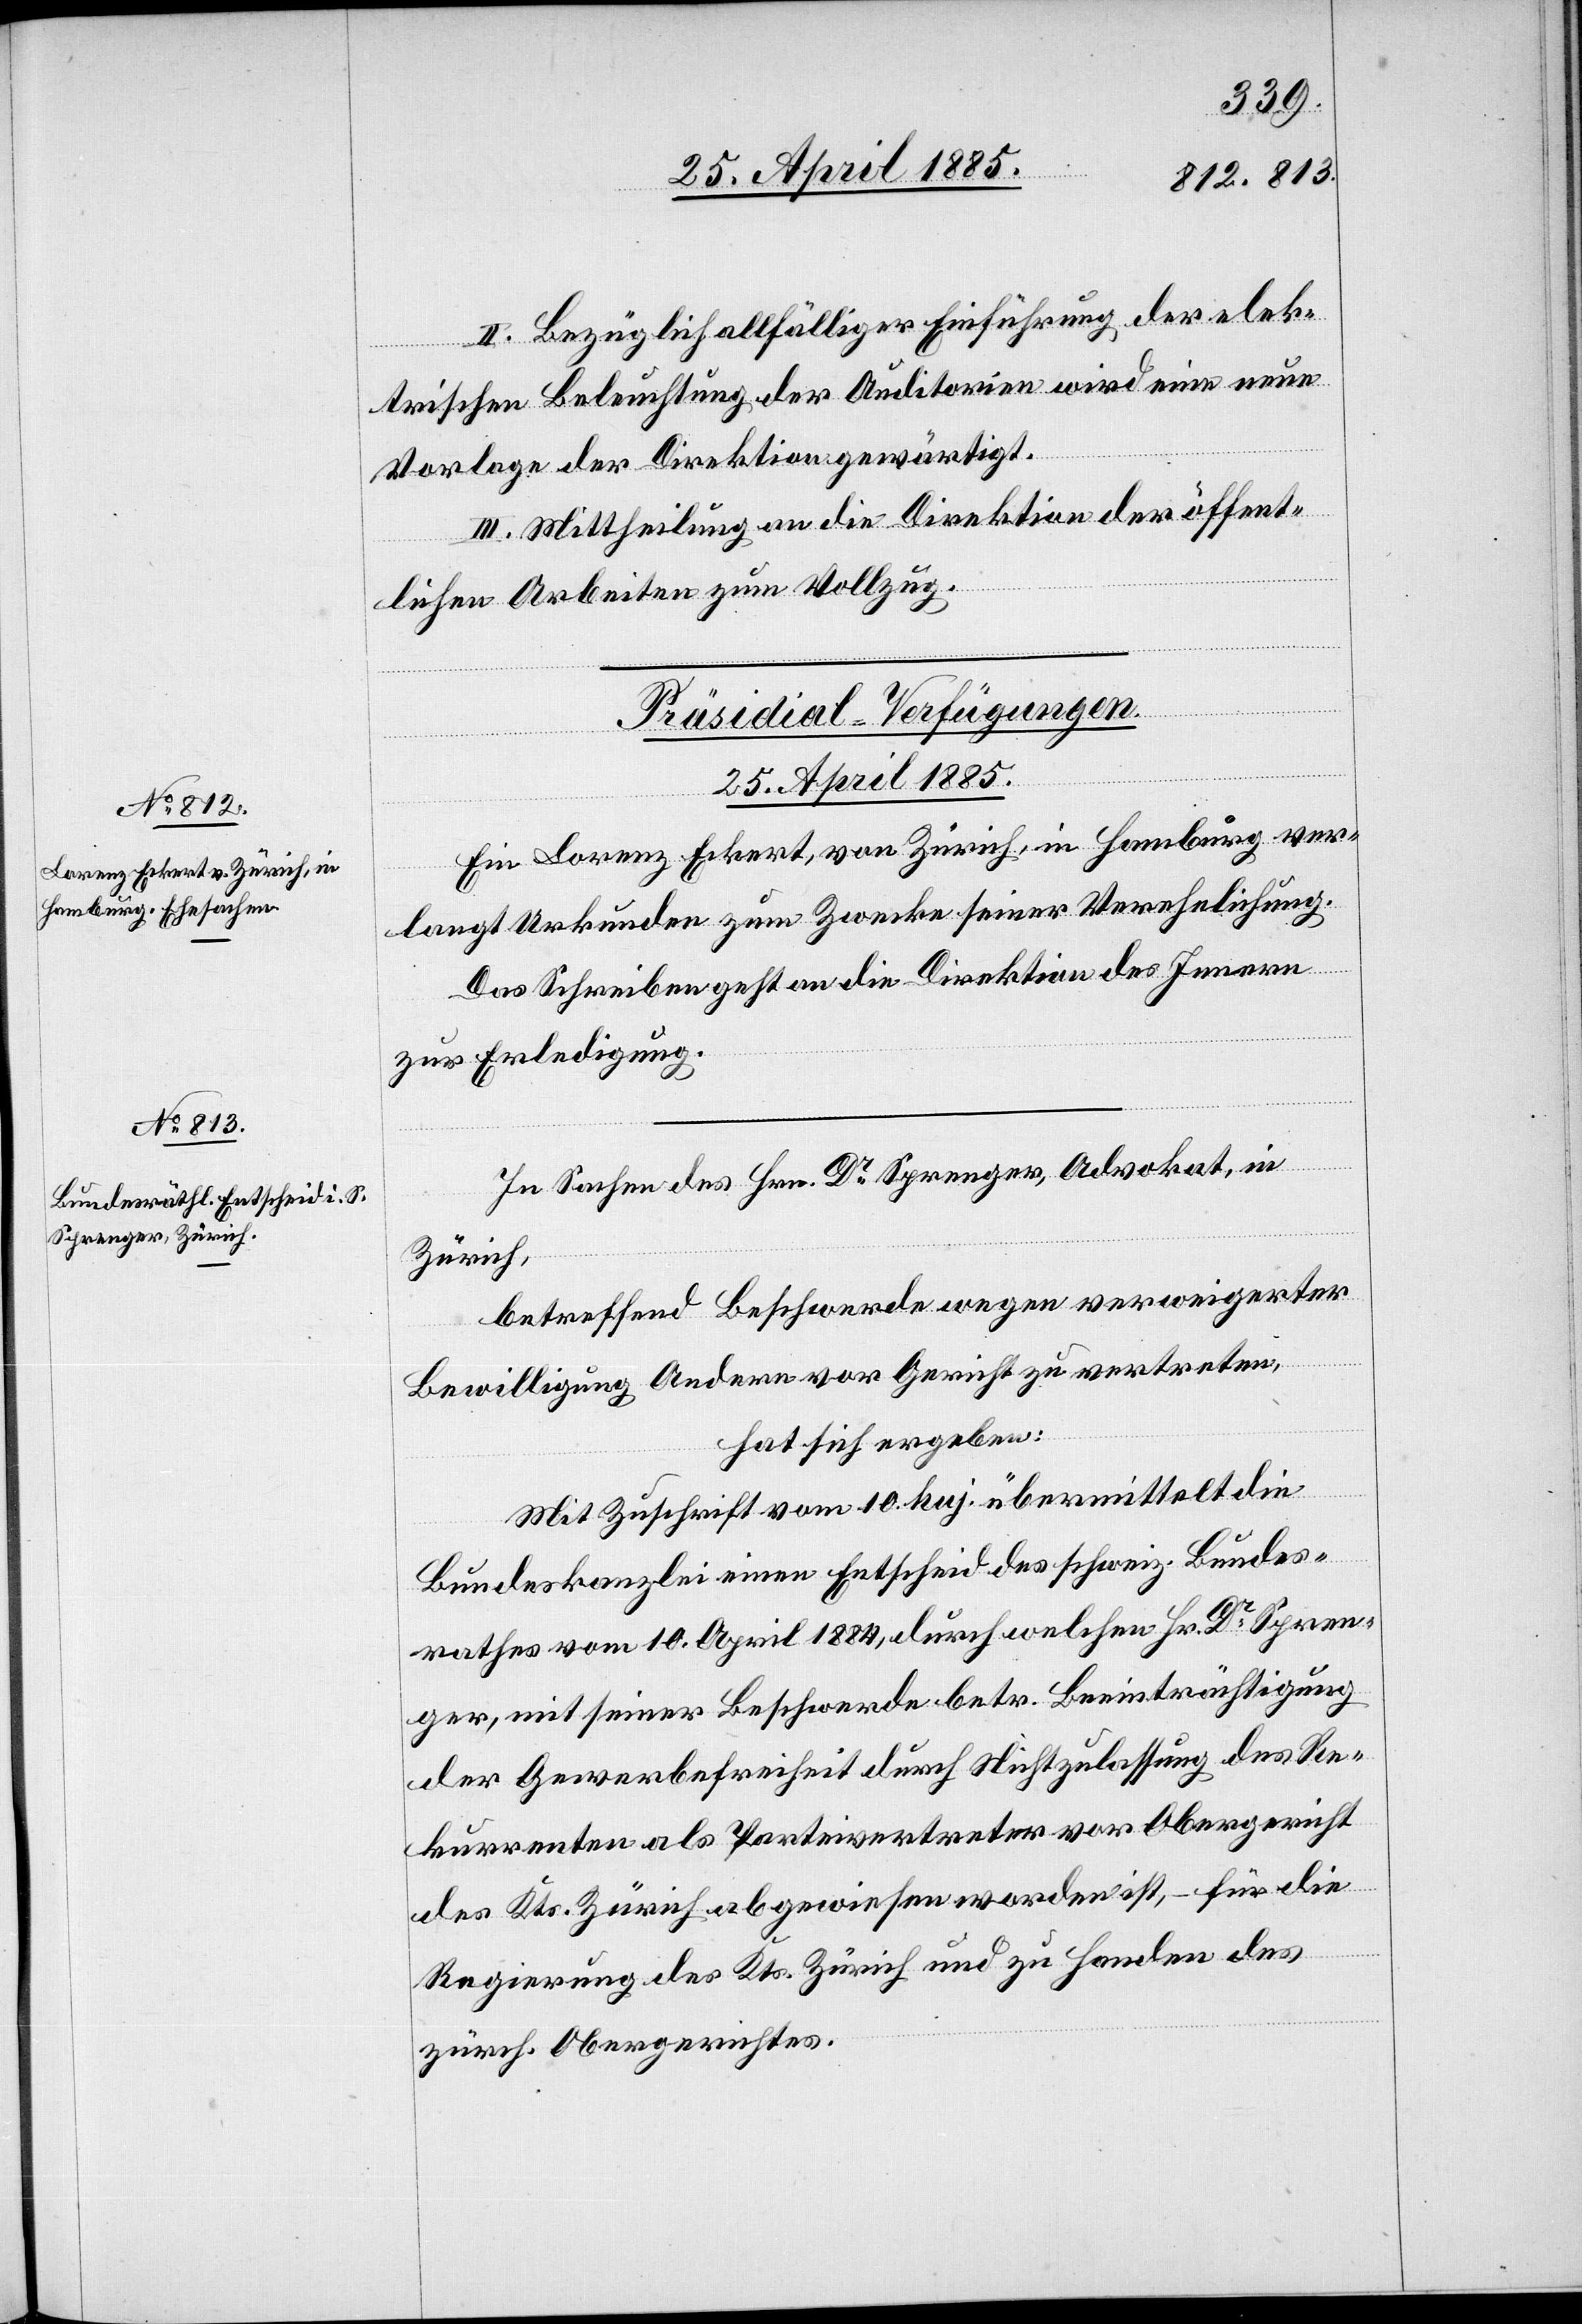
25. April 1885.]
II. Bezüglich allfälliger Einführung der elek¬
tronischen Beleuchtung der Auditorien wird eine neue
Vorlage der Direktion gewärtigt.
III. Mittheilung an die Direktion der öffent¬
lichen Arbeiten zum Vollzug.
[Präsidial-Verfügungen.
25. April 1885.
Ein Lorenz Eckert, von Zürich, in Hamburg ver¬
langt Urkunde zum Zwecke seiner Verehelichung.
Das Schreiben geht an die Direktion des Innern
zur Erledigung.
In Sachen des Hrn. Dr Sprenger, Advokat, in
Zürich,
betreffend Beschwerde wegen verweigerter
Bewilligung Andere vor Gericht zu vertreten,
hat sich ergeben:
Mit Zuschrift vom 10. huj. übermittelt die
Bundeskanzlei einen Entscheid des schweiz. Bundes¬
rathes vom 10. April 1884, durch welchen Hr. Dr Spren¬
ger, mit seiner Beschwerde betr. Beeinträchtigung
der Gewerbefreiheit durch Nichtzulassung des Re¬
kurrenten als Parteivertreter vor Obergericht
des Kts. Zürich abgewiesen worden ist, – für die
Regierung des Kts. Zürich und zu Handen des
zürch. Obergerichtes.